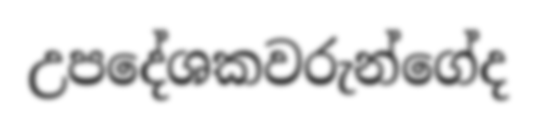
උපදේශකවරුන්ගේද